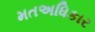
મતઅધિકાર